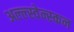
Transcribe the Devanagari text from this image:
अल्ल्स्वेन्स्कन